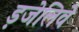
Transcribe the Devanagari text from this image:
ड़जेलिवे